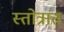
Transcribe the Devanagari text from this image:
स्तोत्रांत